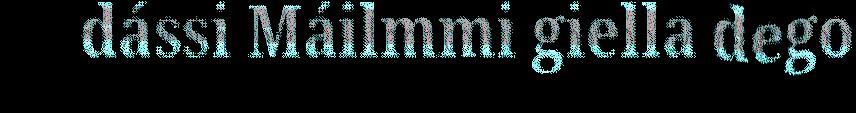
dássi Máilmmi giella dego